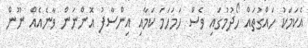
އެކަމަކު ހައްގުތައް ހޯދުމުގައި ވެސް ހަމަހަމަ ކަމާއި އިންސާފު އޮންނަން ވާނެއެއް ނޫން